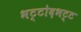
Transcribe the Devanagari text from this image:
भट्टोदभट्ट